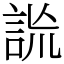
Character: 詤